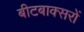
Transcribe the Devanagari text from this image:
बीटबाक्सरों